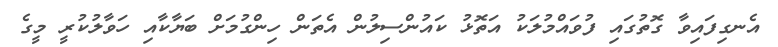
އެނގިފައިވާ ގޮތުގައި ފުވައްމުލަކު އަތޮޅު ކައުންސިލުން އެތަން ހިންގުމަށް ބަޔާކާއި ހަވާލުކުރީ މީގެ